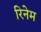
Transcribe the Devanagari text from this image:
रिनेम